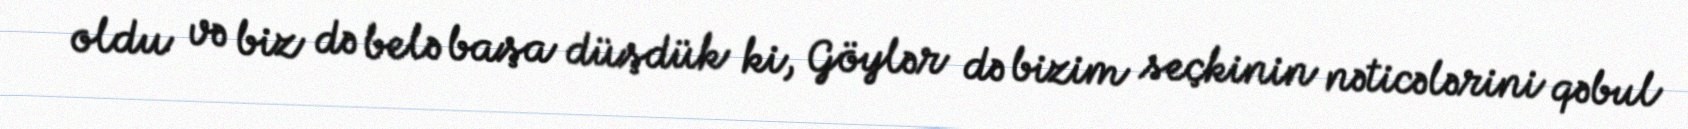
oldu və biz də belə başa düşdük ki, Göylər də bizim seçkinin nəticələrini qəbul